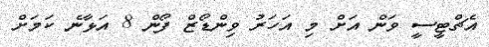
އެޗްޓީސީ ވަން އަށް މި އަހަރު ވިންޑޯޒް ފޯން 8 އަޅާނެ ކަމަށް